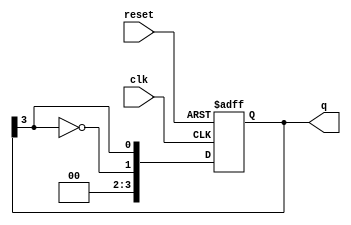
module johnson_counter #(
    parameter N = 4  // Number of flip-flops
)(
    input wire clk,      // Clock input
    input wire reset,    // Asynchronous reset input
    output reg [N-1:0] q // Output of the counter
);

    always @(posedge clk or posedge reset) begin
        if (reset) begin
            q <= 0;  // Initialize the counter to 0 on reset
        end else begin
            // Johnson counter: shift and invert the last output for feedback
            q <= {~q[N-1], q[N-1:N-1]}; // Shift left and feed back inverted last bit
        end
    end

endmodule